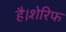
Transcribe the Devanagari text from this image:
है।शेरिफ